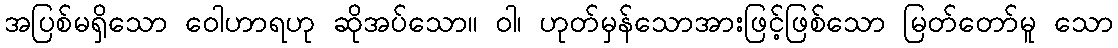
အပြစ်မရှိသော ဝေါဟာရဟု ဆိုအပ်သော။ ဝါ၊ ဟုတ်မှန်သောအားဖြင့်ဖြစ်သော မြတ်တော်မူ သော